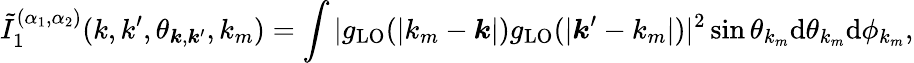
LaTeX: \tilde{I}_{\mathrm{1}}^{(\alpha_{1},\alpha_{2})}(k,k^{\prime},\theta_{\boldsymbol{k},\boldsymbol{k}^{\prime}},k_{m})=\int|g_{\mathrm{LO}}(|k_{m}-\boldsymbol{k}|)g_{\mathrm{LO}}(|\boldsymbol{k}^{\prime}-k_{m}|)|^{2}\sin\theta_{k_{m}}\mathrm{d}\theta_{k_{m}}\mathrm{d}\phi_{k_{m}},